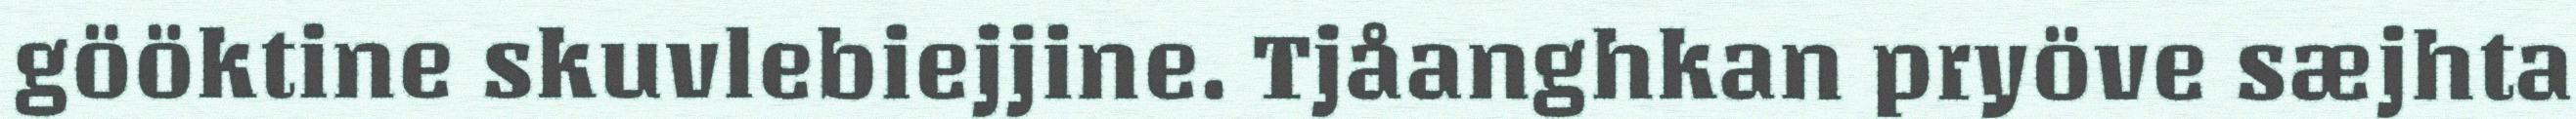
gööktine skuvlebiejjine. Tjåanghkan pryöve sæjhta